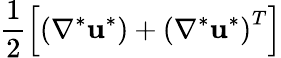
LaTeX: \frac{1}{2}\left[\left(\nabla^{*}{\textbf{u}^{*}}\right)+\left(\nabla^{*}{\textbf{u}^{*}}\right)^{T}\right]